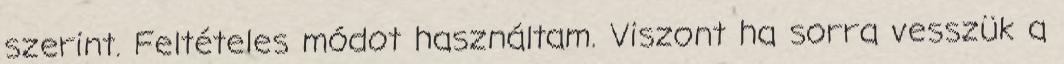
szerint. Feltételes módot használtam. Viszont ha sorra vesszük a